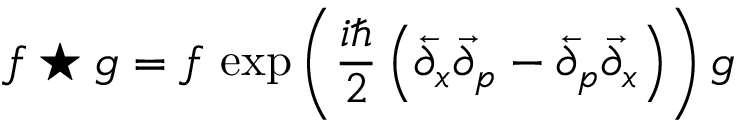
f \star g = f \, \exp { \left( { \frac { i \hbar } { 2 } } \left( { \overleftarrow { \partial } } _ { x } { \overrightarrow { \partial } } _ { p } - { \overleftarrow { \partial } } _ { p } { \overrightarrow { \partial } } _ { x } \right) \right) } \, g